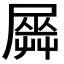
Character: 𡳡